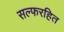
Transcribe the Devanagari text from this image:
सल्फरहित